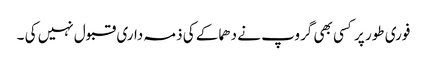
فوری طور پر کسی بھی گروپ نے دھماکے کی ذمہ داری قبول نہیں کی ۔